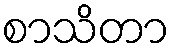
စာသိတာ